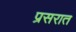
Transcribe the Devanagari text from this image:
प्रसरात